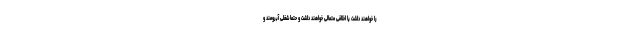
را خواهند داشت یا اخلاقی متعالی خواهند داشت و حتماً شغلی آبرومند و